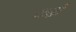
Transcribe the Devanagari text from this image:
कडीं